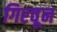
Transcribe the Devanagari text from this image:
गिरवून